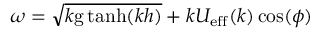
\omega = \sqrt { k \mathrm { g } \operatorname { t a n h } ( k h ) } + k U _ { \mathrm { e f f } } ( k ) \cos ( \phi )